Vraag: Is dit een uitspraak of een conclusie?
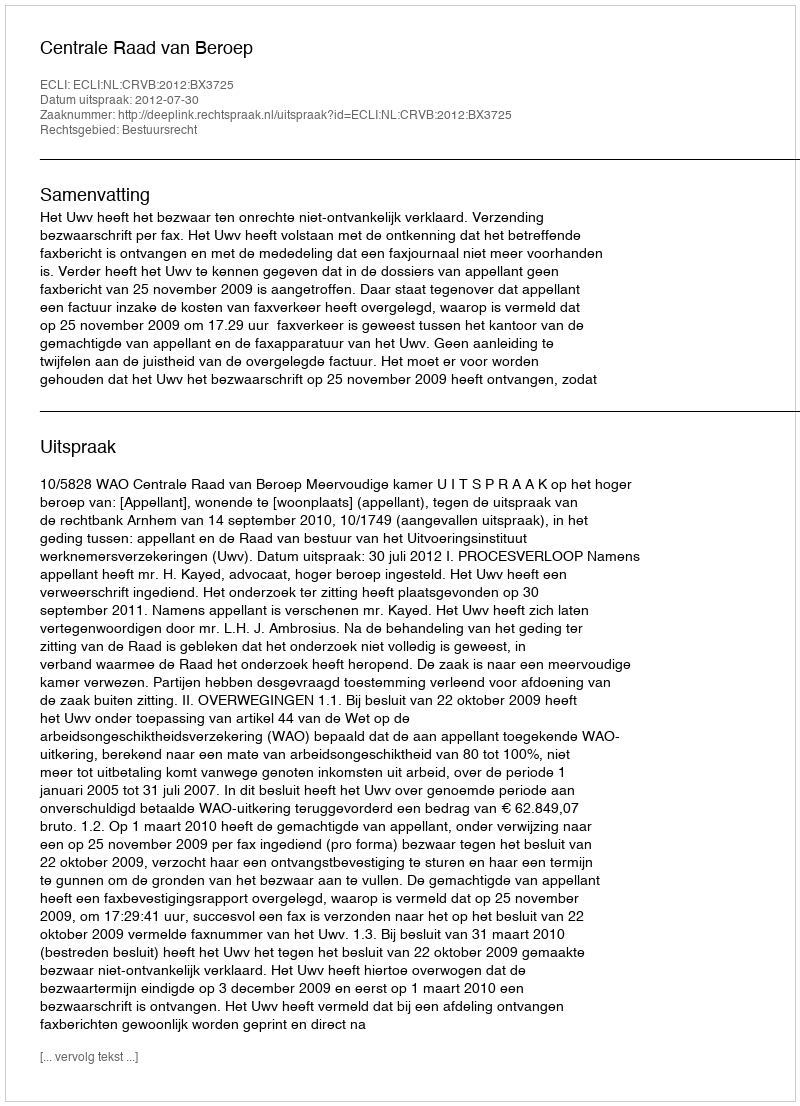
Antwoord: Uitspraak